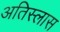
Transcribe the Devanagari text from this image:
अतिस्लास